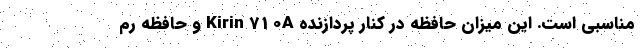
مناسبی است. این میزان حافظه در کنار پردازنده Kirin 710A و حافظه رم